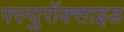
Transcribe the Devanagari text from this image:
फ्ल्युरॉक्साइड